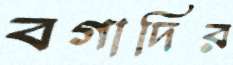
বগাদির